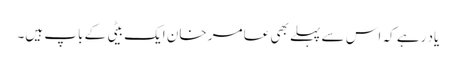
یاد رہے کہ اس سے پہلے بھی عامر خان ایک بیٹی کے باپ ہیں۔